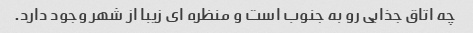
چه اتاق جذابی رو به جنوب است و منظره ای زیبا از شهر وجود دارد.